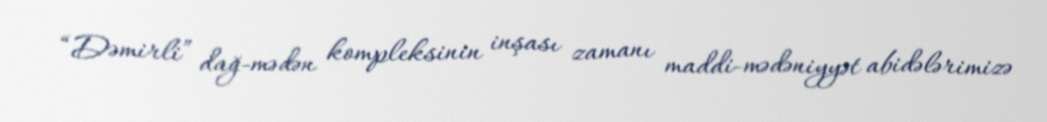
“Dəmirli” dağ-mədən kompleksinin inşası zamanı maddi-mədəniyyət abidələrimizə